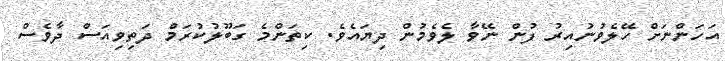
އަހަންނަށް ހޭލެވުނުއިރު ފުން ނޭވާ ލެވެމުން ދިޔައެވެ. ކިތަންމެ ގަބޫލުކުރަމް ދަތިވިއަސް ދާވެސް